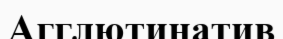
Агглютинатив